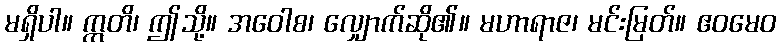
မရှိပါ။ ဣတိ၊ ဤသို့။ အဝေါစ၊ လျှောက်ဆို၏။ မဟာရာဇ၊ မင်းမြတ်။ ဧဝမေဝ